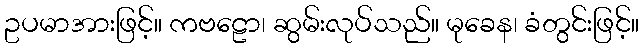
ဥပမာအားဖြင့်။ ကဗဠော၊ ဆွမ်းလုပ်သည်။ မုခေန၊ ခံတွင်းဖြင့်။